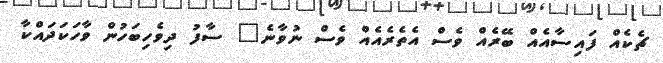
ޗެކެއް ފައިސާއެއް ބޭރެއް ވެސް އެތެރެއެއް ވެސް ނުވާނެ" ސާފު ދިވެހިބަހުން ވާހަކަދައްކާ